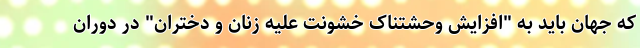
که جهان باید به "افزایش وحشتناک خشونت علیه زنان و دختران" در دوران